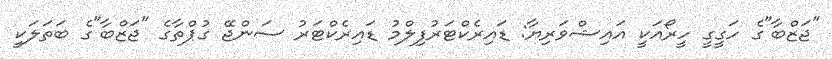
"ޖަޒްބާ"ގެ ހަގީގީ ހީރޯއަކީ އައިޝްވަރިޔާ: ޑައިރެކްޓަރުފިލްމު ޑައިރެކްޓަރު ސަންޖޭ ގުޕްތާގެ "ޖަޒްބާ"ގެ ބަތަލަކީ